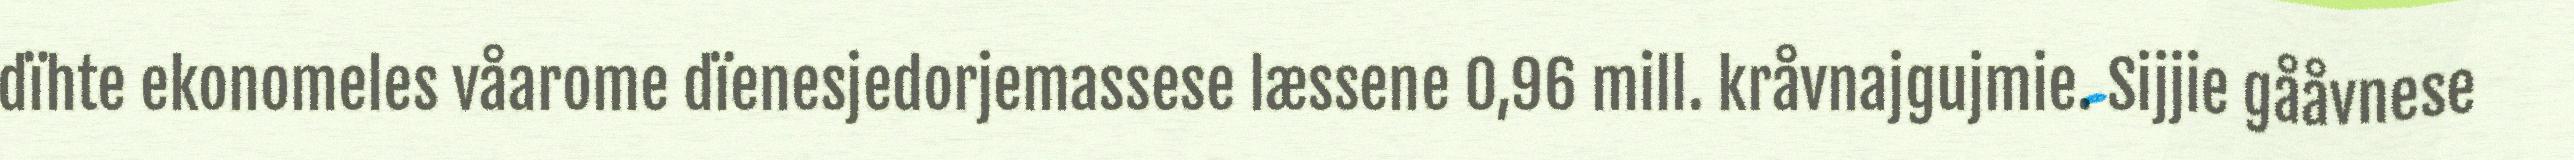
dïhte ekonomeles våarome dïenesjedorjemassese læssene 0,96 mill. kråvnajgujmie. Sijjie gååvnese